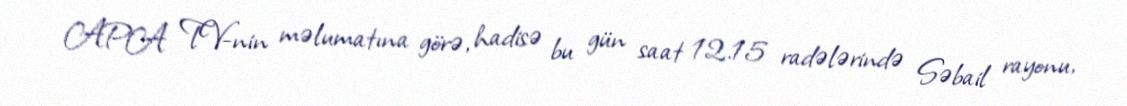
APA TV-nin məlumatına görə, hadisə bu gün saat 12.15 radələrində Səbail rayonu,